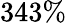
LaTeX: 343\%